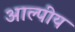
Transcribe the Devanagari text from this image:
आल्पीय